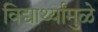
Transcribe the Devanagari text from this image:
विद्यार्थ्यांमुळे